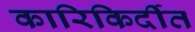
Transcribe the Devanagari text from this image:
कारिकिर्दीत